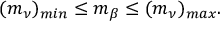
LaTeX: ( m _ { \nu } ) _ { m i n } \leq m _ { \beta } \leq ( m _ { \nu } ) _ { m a x } .